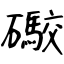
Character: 礮